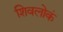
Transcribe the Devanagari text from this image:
शिवलोकं